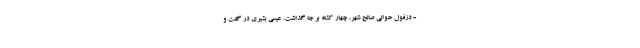
- دزفول حوالی صالح شهر، چهار کشته بر جا گذاشت. عیسی بشیری در گفت و